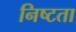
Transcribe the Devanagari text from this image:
निष्टता